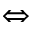
\Leftrightarrow